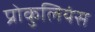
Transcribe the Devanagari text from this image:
प्रोकुलियंस